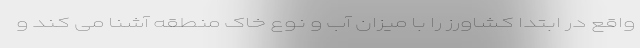
واقع در ابتدا کشاورز را با میزان آب و نوع خاک منطقه آشنا می کند و